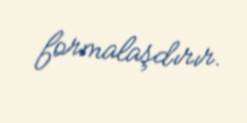
formalaşdırır.